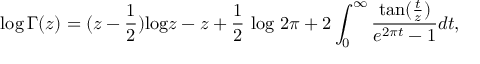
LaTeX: \log \Gamma ( z ) = ( z - { \frac { 1 } { 2 } } ) \mathrm { l o g } z - z + { \frac { 1 } { 2 } } \mathrm { ~ l o g \ } 2 \pi + 2 \int _ { 0 } ^ { \infty } { \frac { \mathrm { t a n } ( { \frac { t } { z } } ) } { e ^ { 2 \pi t } - 1 } } d t ,